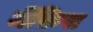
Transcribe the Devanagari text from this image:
मेंफ़िस